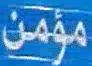
مؤمن